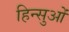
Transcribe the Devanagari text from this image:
हिन्सुओं